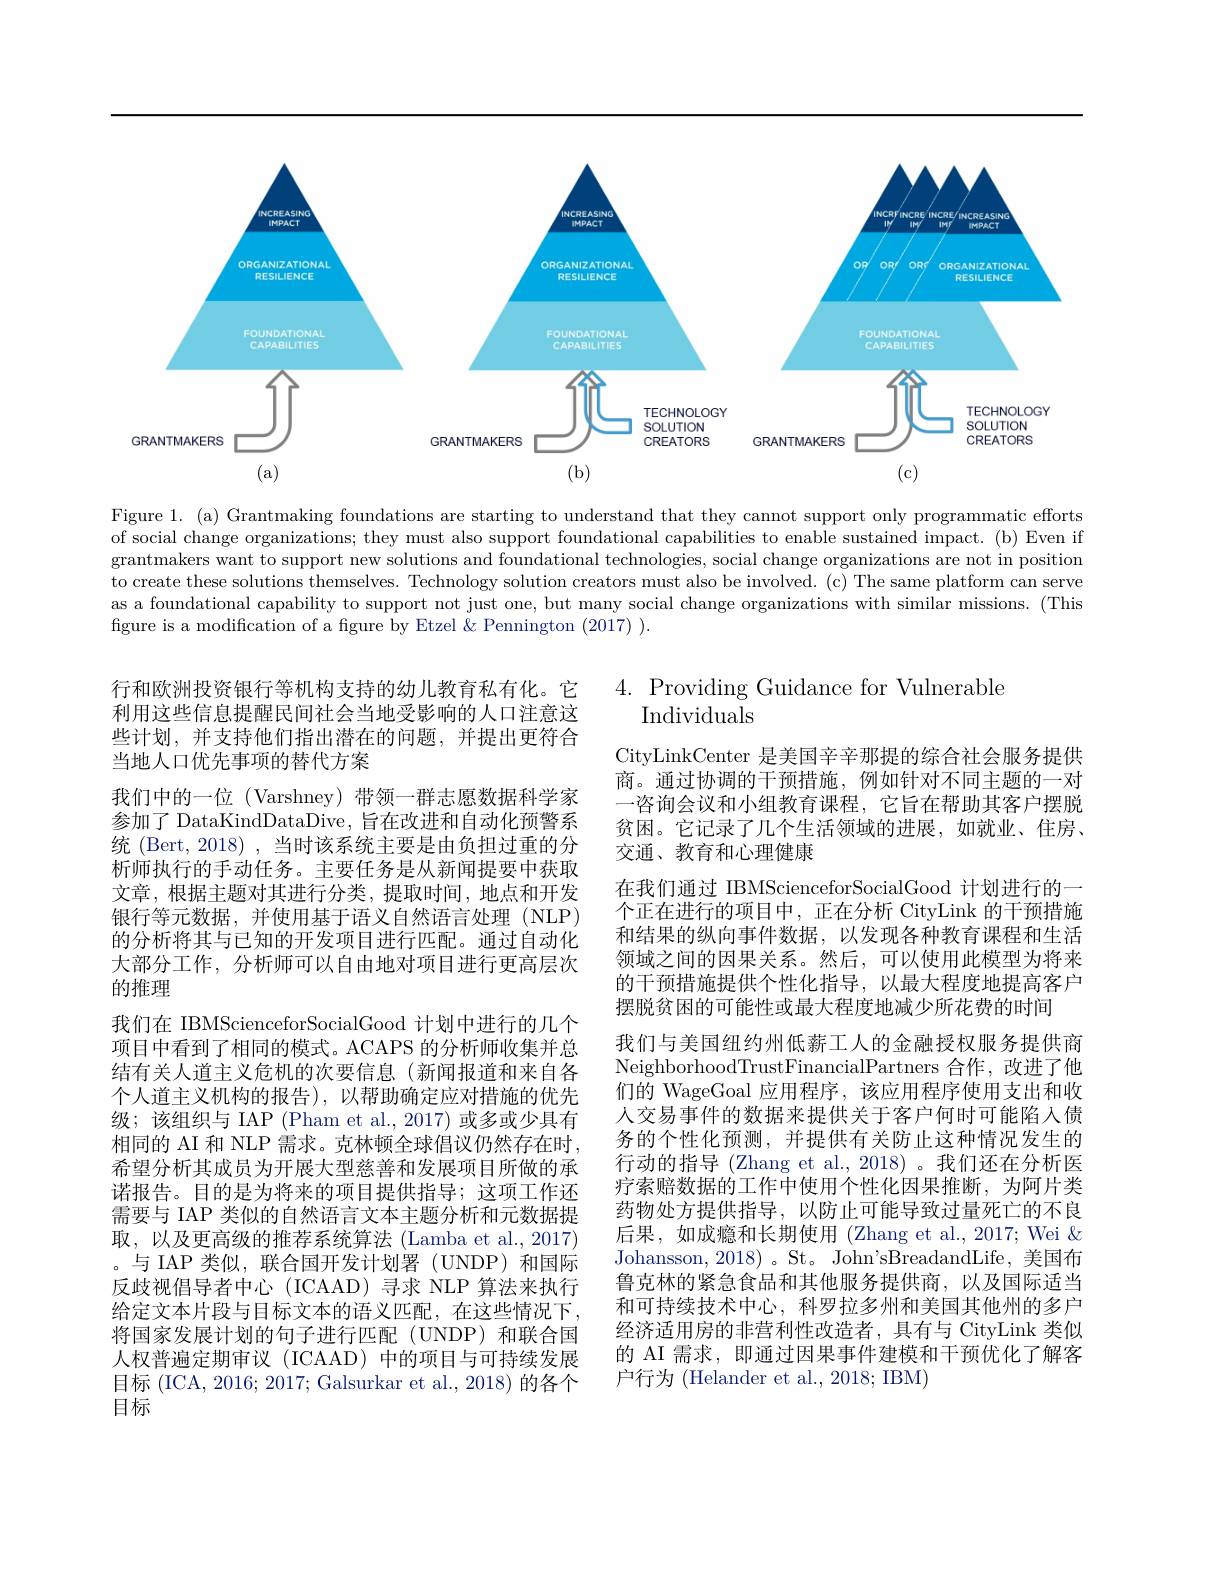
<FigureHere>

Figure 1. (a) Grantmaking foundations are starting to understand that they cannot support only programmatic efforts of social change organizations; they must also support foundational capabilities to enable sustained impact. (b) Even if grantmakers want to support new solutions and foundational technologies, social change organizations are not in position to create these solutions themselves. Technology solution creators must also be involved. (c) The same platform can serve as a foundational capability to support not just one, but many social change organizations with similar missions. (This figure is a modification of a figure by Etzel & Pennington (2017) ).

$4.{\mathrm{~Providing~Guidance~for~Vulnerable}}$
Individuals

CityLinkCenter 是美国辛辛那提的综合社会服务提供商。通过协调的干预措施，例如针对不同主题的一对一咨询会议和小组教育课程，它旨在帮助其客户摆脱贫困。它记录了几个生活领域的进展，如就业、住房、 交通、教育和心理健康

行和欧洲投资银行等机构支持的幼儿教育私有化。它利用这些信息提醒民间社会当地受影响的人口注意这些计划，并支持他们指出潜在的问题，并提出更符合当地人口优先事项的替代方案
我们中的一位 (Varshney)带领一群志愿数据科学家参加了 DataKindDataDive, 旨在改进和自动化预警系统 (Bert, 2018) , 当时该系统主要是由负担过重的分析师执行的手动任务。主要任务是从新闻提要中获取文章，根据主题对其进行分类，提取时间，地点和开发银行等元数据，并使用基于语义自然语言处理(NLP) 的分析将其与已知的开发项目进行匹配。通过自动化大部分工作，分析师可以自由地对项目进行更高层次的推理
我们在 IBMScienceforSocialGood 计划中进行的几个项目中看到了相同的模式。ACAPS 的分析师收集并总结有关人道主义危机的次要信息(新闻报道和来自各个人道主义机构的报告),以帮助确定应对措施的优先级；该组织与 IAP (Pham et al.,2017)或多或少具有相同的 AI 和 NLP 需求。克林顿全球倡议仍然存在时， 希望分析其成员为开展大型慈善和发展项目所做的承诺报告。目的是为将来的项目提供指导；这项工作还需要与 IAP 类似的自然语言文本主题分析和元数据提取，以及更高级的推荐系统算法 (Lamba et al., 2017) 。与 IAP 类似，联合国开发计划署 (UNDP)和国际反歧视倡导者中心 (ICAAD) 寻求 NLP 算法来执行给定文本片段与目标文本的语义匹配，在这些情况下将国家发展计划的句子进行匹配(UNDP)和联合国人权普遍定期审议(ICAAD)中的项目与可持续发展目标 (ICA, 2016; 2017; Galsurkar et al., 2018) 的各个目标

在我们通过 IBMScienceforSocialGood 计划进行的一个正在进行的项目中，正在分析 CityLink 的干预措施和结果的纵向事件数据，以发现各种教育课程和生活领域之间的因果关系。然后，可以使用此模型为将来的干预措施提供个性化指导，以最大程度地提高客户摆脱贫困的可能性或最大程度地减少所花费的时间
我们与美国纽约州低薪工人的金融授权服务提供商NeighborhoodTrustFinancialPartners 合作，改进了他们的 WageGoal 应用程序，该应用程序使用支出和收人交易事件的数据来提供关于客户何时可能陷入债务的个性化预测，并提供有关防止这种情况发生的行动的指导 (Zhang et al., 2018)。我们还在分析医疗索赔数据的工作中使用个性化因果推断，为阿片类药物处方提供指导，以防止可能导致过量死亡的不良后果，如成瘾和长期使用(Zhang et al.,2017; Wei & Johansson, 2018) 。St。John'sBreadandLife, 美国布鲁克林的紧急食品和其他服务提供商，以及国际适当和可持续技术中心，科罗拉多州和美国其他州的多户经济适用房的非营利性改造者，具有与 CityLink 类似的 AI 需求，即通过因果事件建模和干预优化了解客户行为 (Helander et al., 2018; IBM)